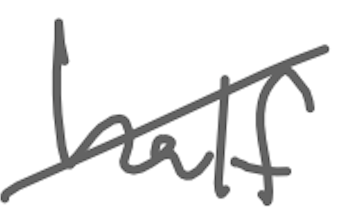
Text: half
Cross-out: mix
Writing tool: digital_gray